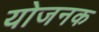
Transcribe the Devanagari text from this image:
योजनक